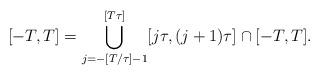
LaTeX: \begin{align*}[-T,T] = \bigcup_{j=-[T/\tau]-1}^{[T\tau]} [ j \tau, (j+1)\tau] \cap [-T,T].\end{align*}